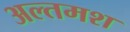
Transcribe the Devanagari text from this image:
अल्‍तमश